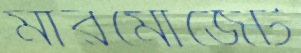
মারমোজেট